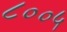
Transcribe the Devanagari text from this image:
८००५